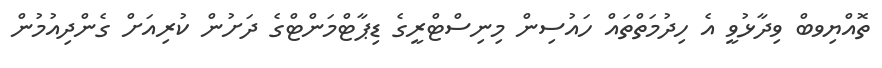
ތޮއްޔިވބް ވިދާޅުވީ އެ ހިދުމަތްތައް ހައުސިން މިނިސްޓްރީގެ ޑިޕާޓްމަންޓްގެ ދަށުން ކުރިއަށް ގެންދިއުމުން